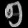
Digit: ၅